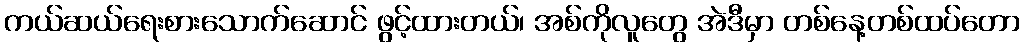
ကယ်ဆယ်ရေးစားသောက်ဆောင် ဖွင့်ထားတယ်၊ အစ်ကိုလူတွေ အဲဒီမှာ တစ်နေ့တစ်ထပ်တော